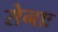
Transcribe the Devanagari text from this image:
सेनाः